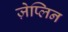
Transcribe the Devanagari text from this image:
ज़ेप्लिन